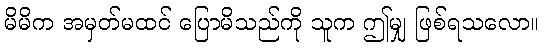
မိမိက အမှတ်မထင် ပြောမိသည်ကို သူက ဤမျှ ဖြစ်ရသလော။